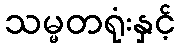
သမ္မတရုံးနှင့်